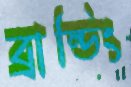
ব্রান্ডিং